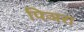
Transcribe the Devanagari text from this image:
पिञरा